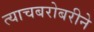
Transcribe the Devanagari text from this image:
त्याचबरोबरीने